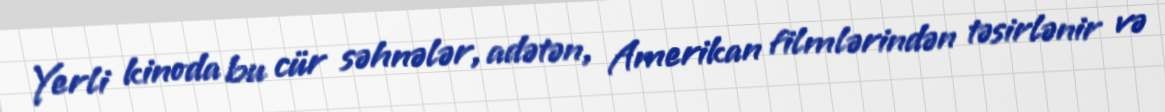
Yerli kinoda bu cür səhnələr, adətən, Amerikan filmlərindən təsirlənir və